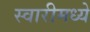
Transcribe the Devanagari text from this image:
स्वारीमध्ये